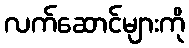
လက်ဆောင်များကို